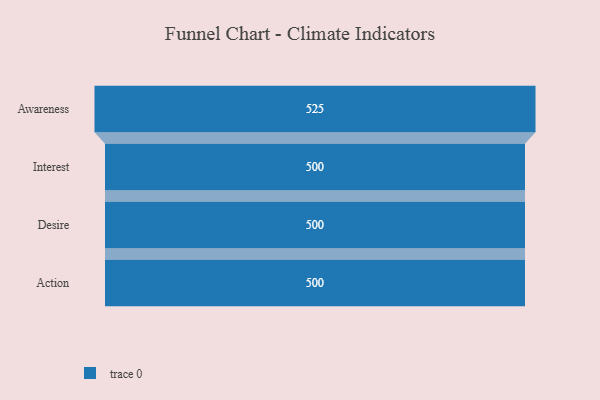
{"axis": {"x": "Stage", "y": "Value"}, "legend": [""], "data": [{"x": "Awareness", "y": 525.0, "type": ""}, {"x": "Interest", "y": 500, "type": ""}, {"x": "Desire", "y": 500, "type": ""}, {"x": "Action", "y": 500, "type": ""}]}